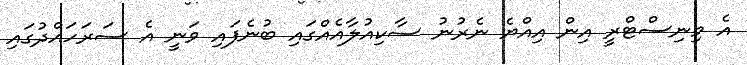
އެ މިނިސްޓްރީ އިން އިއްޔެ ނެރުނު ސާކިއުލާއެއްގައި ބުނެފައި ވަނީ އެ ސަރަހައްދުގައި